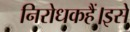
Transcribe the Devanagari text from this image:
निरोधकहैं।इसे